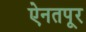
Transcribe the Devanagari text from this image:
ऐनतपूर